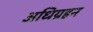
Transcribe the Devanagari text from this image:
अधिग्रहन